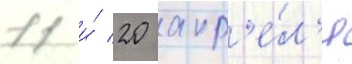
11 и́ 20 апр'е́л'я